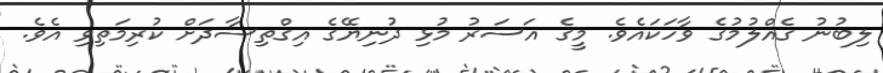
ލިބުނު ގެއްލުމުގެ ވާހަކައެވެ. މީގެ އަސަރު މުޅި ދުނިޔޭގެ އިގްތިސާދަށް ކުރިމަތިވި އެވެ.